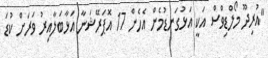
"އުރިދޫ މޯލްޑިވްސް އަކީ އަޅުގަނޑުމެން އެހެން 17 އޮޕަރޭޝަނާ އަޅާބަލާއިރު ވަރަށް ކުޑަ